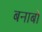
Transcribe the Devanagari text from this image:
बनाबो